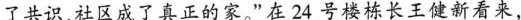
了共识,社区成了真正的家。”在24 号楼栋长王健新看来，